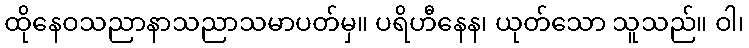
ထိုနေဝသညာနာသညာသမာပတ်မှ။ ပရိဟီနေန၊ ယုတ်သော သူသည်။ ဝါ၊